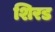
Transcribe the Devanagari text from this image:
शिरड